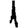
Digit: 1